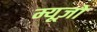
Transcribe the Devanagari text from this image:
म्यूज़ो